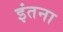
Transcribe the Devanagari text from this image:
इंतना